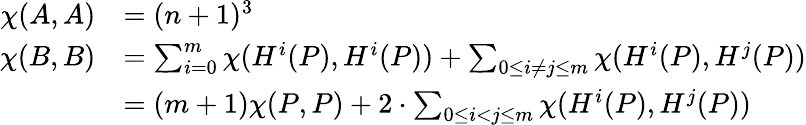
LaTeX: \begin{array}{rl}{\chi(A,A)}&{=(n+1)^{3}}\\ {\chi(B,B)}&{=\sum_{i=0}^{m}\chi(H^{i}(P),H^{i}(P))+\sum_{0\leq i\neq j\leq m}\chi(H^{i}(P),H^{j}(P))}\\ &{=(m+1)\chi(P,P)+2\cdot\sum_{0\leq i<j\leq m}\chi(H^{i}(P),H^{j}(P))}\end{array}